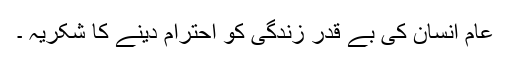
عام انسان کی بے قدر زندگی کو احترام دینے کا شکریہ ۔